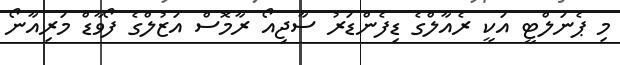
މި ޕެނަލްޓީ އަކީ ރެއާލްގެ ޑިފެންޑަރު ސާޖިއޯ ރާމޮސް އަޒުލްގެ ފޯވާޑް މަރިއާނޯ